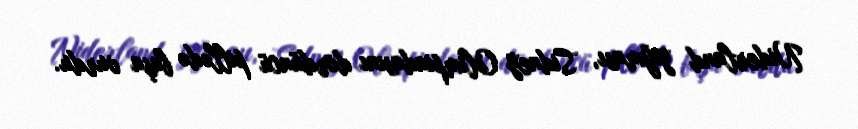
Niderland yığması, Sidney Olimpiadasını dördüncü pillədə başa vurdu.